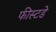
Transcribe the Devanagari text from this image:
फीस्टडे